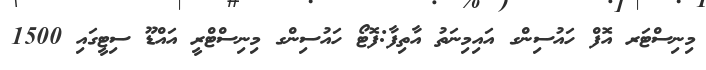
މިނިސްޓަރ އޮފް ހައުސިންގ އައިމިނަތު އާތިފާ:ފޮޓޯ ހައުސިންގ މިނިސްޓްރީ އައްޑޫ ސިޓީގައި 1500